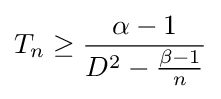
T_{n}\geq {\frac {\alpha -1}{D^{2}-{\frac {\beta -1}{n}}}}